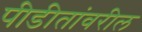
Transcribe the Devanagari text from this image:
पीडीतांवरील